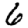
Digit: 6